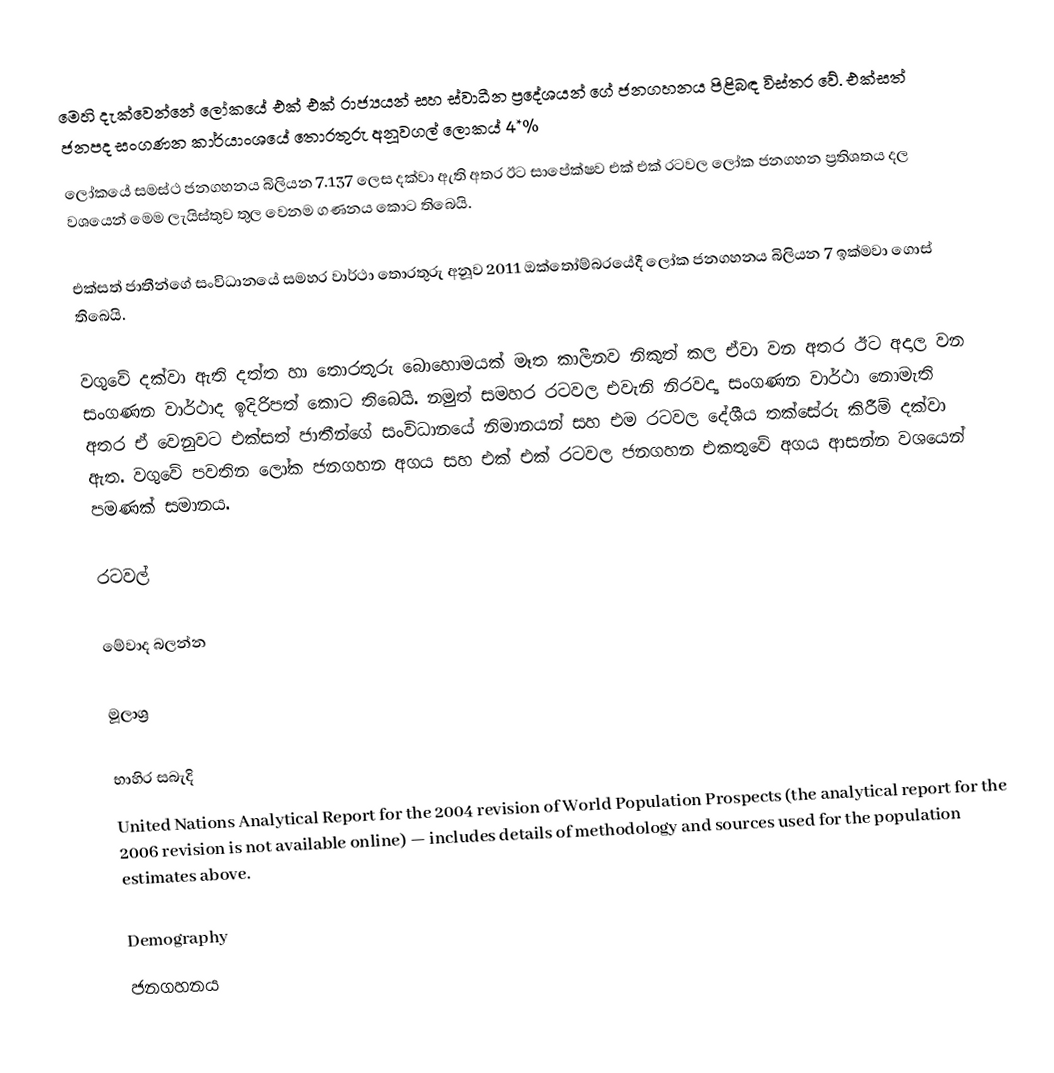
මෙහි දැක්වෙන්නේ ලෝකයේ එක් එක් රාජ්‍යයන් සහ ස්වාධීන ප්‍රදේශයන් ගේ ජනගහනය පිළිබඳ විස්තර වේ. එක්සත් ජනපද සංගණන කාර්යාංශයේ තොරතුරු අනූවගල් ලොකය් 4*%
 ලෝකයේ සමස්ථ ජනගහනය බිලියන 7.137 ලෙස දක්වා ඇති අතර ඊට සාපේක්ෂව එක් එක් රටවල ලෝක ජනගහන ප්‍රතිශතය දල වශයෙන් මෙම ලැයිස්තුව තුල වෙනම ගණනය කොට තිබෙයි.

එක්සත් ජාතීන්ගේ සංවිධානයේ සමහර වාර්ථා තොරතුරු අනූව 2011 ඔක්තෝම්බරයේදී ලෝක ජනගහනය බිලියන 7 ඉක්මවා ගොස් තිබෙයි.

වගුවේ දක්වා ඇති දත්ත හා තොරතුරු බොහොමයක් මෑත කාලීනව නිකුත් කල ඒවා වන අතර ඊට අදාල වන සංගණන වාර්ථාද ඉදිරිපත් කොට තිබෙයි. නමුත් සමහර රටවල එවැනි නිරවද්‍ය සංගණන වාර්ථා නොමැති අතර ඒ වෙනුවට එක්සත් ජාතීන්ගේ සංවිධානයේ නිමානයන් සහ එම රටවල දේශීය තක්සේරු කිරීම් දක්වා ඇත. වගුවේ පවතින ලෝක ජනගහන අගය සහ එක් එක් රටවල ජනගහන එකතුවේ අගය ආසන්න වශයෙන් පමණක් සමානය.

රටවල්

මේවාද බලන්න

මූලාශ්‍ර

භාහිර සබැදි
United Nations Analytical Report for the 2004 revision of World Population Prospects (the analytical report for the 2006 revision is not available online) — includes details of methodology and sources used for the population estimates above.

Demography
ජනගහනය